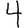
Digit: 4